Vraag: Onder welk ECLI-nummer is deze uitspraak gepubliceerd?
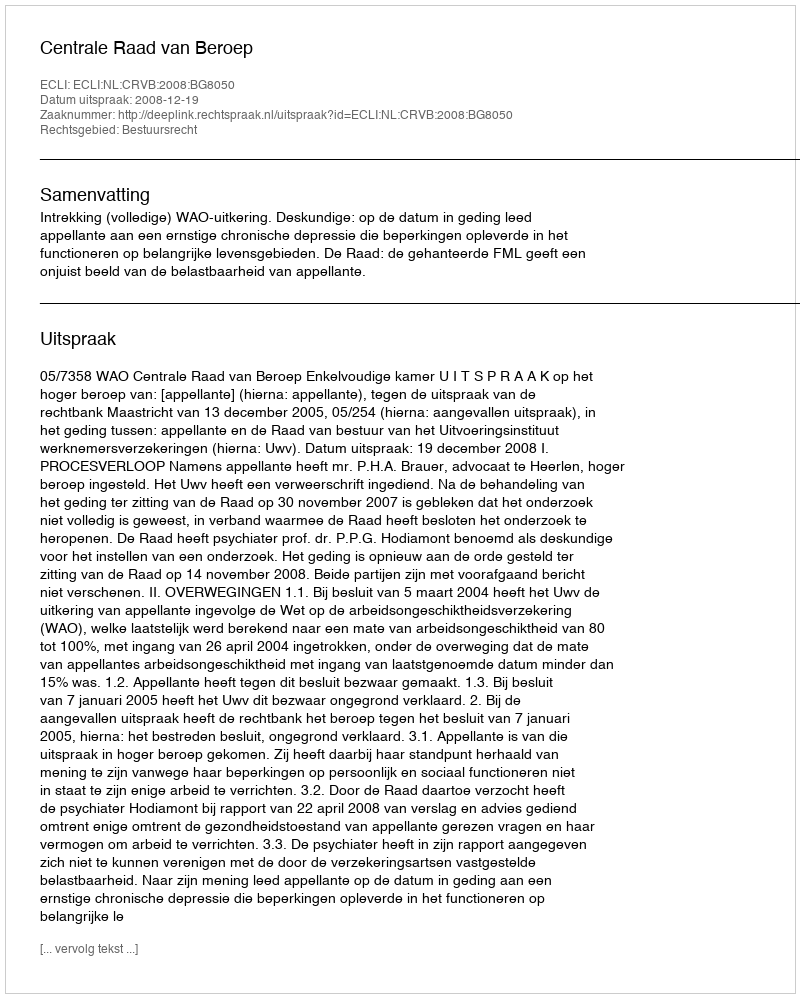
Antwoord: ECLI:NL:CRVB:2008:BG8050